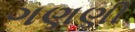
ગણણી